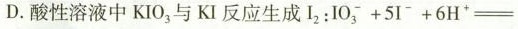
D.酸性溶液中KI0，与KI反应生成$$I _ { 2 } ： I O _ { 3 } ^ { - } + 5 I ^ { - } + 6 H ^ { + } =